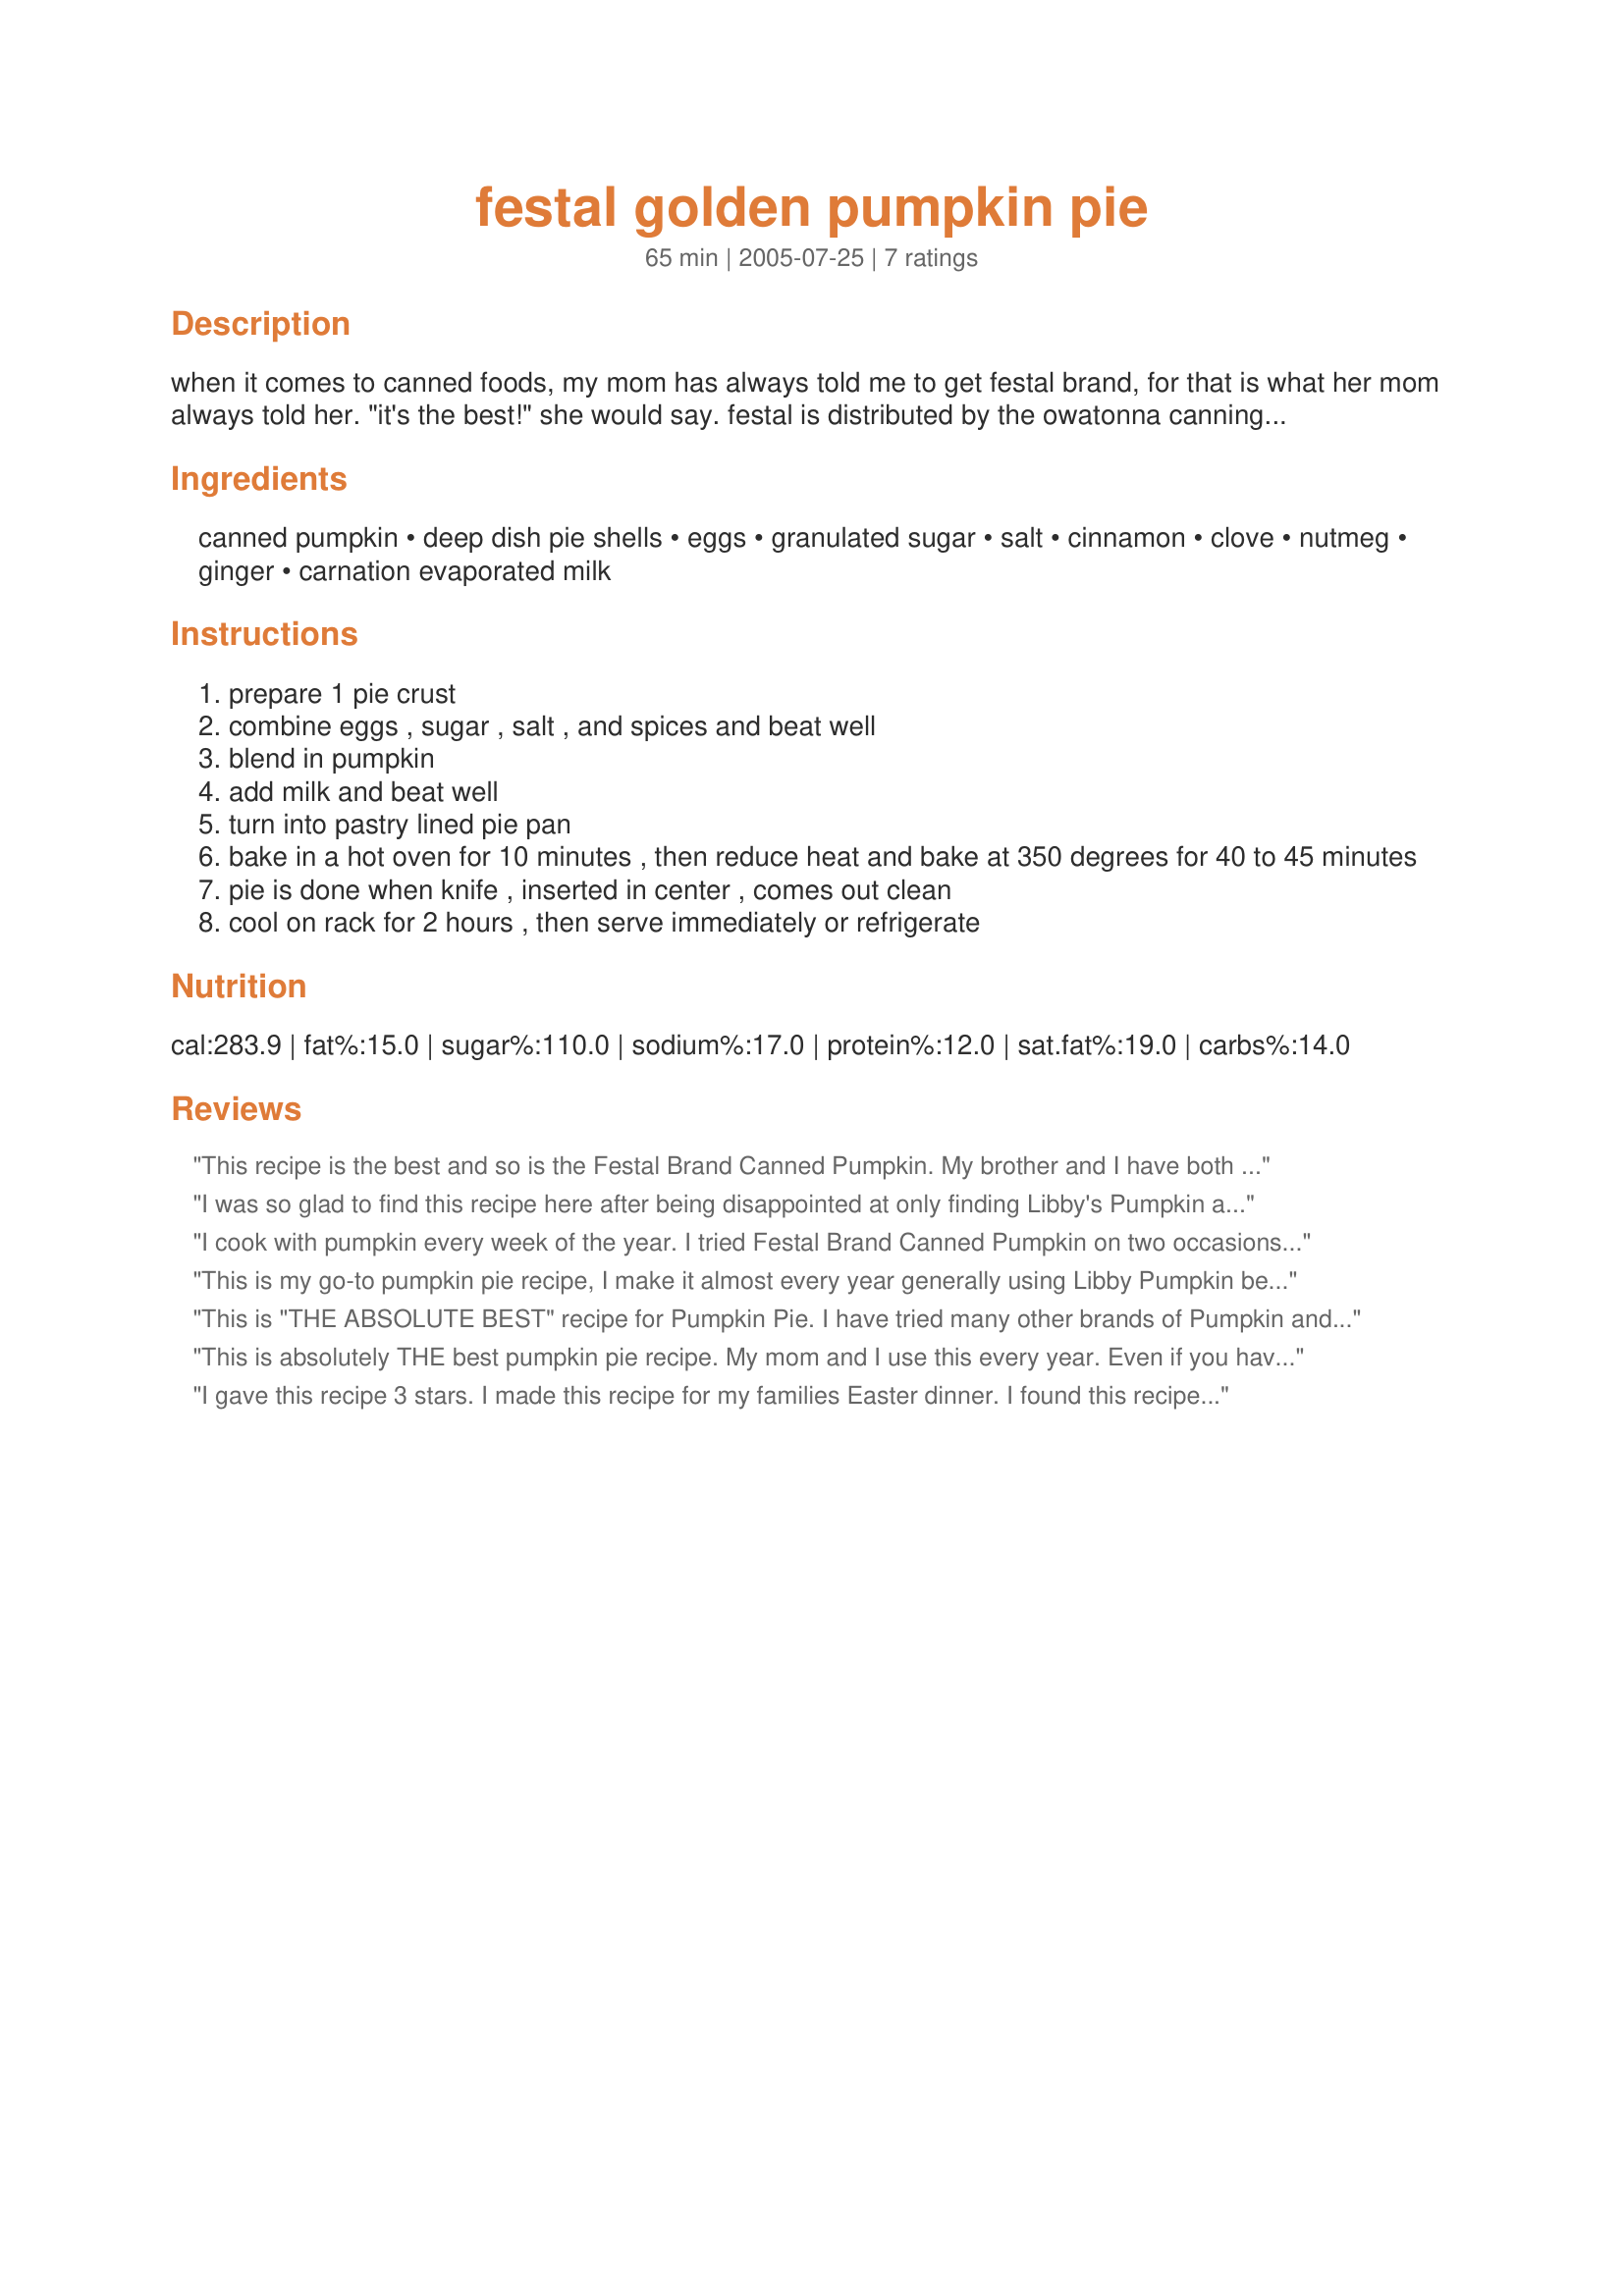
festal golden pumpkin pie
Preparation time: 65 minutes

when it comes to canned foods, my mom has always told me to get festal brand, for that is what her mom always told her. "it's the best!" she would say. festal is distributed by the owatonna canning company, of owatonna, minnesota, so it is actually pretty close to home. this is the recipe on festal's golden pie pumpkin. it's delicious! i like it best served cold. when i make it, there seems to be a lot extra after filling the one 9-inch pie crust, so i just divide the filling between two crusts. it makes 2 smaller pies, but that way none goes to waste!

Ingredients:
canned pumpkin, deep dish pie shells, eggs, granulated sugar, salt, cinnamon, clove, nutmeg, ginger, carnation evaporated milk

Steps:
prepare 1 pie crust
combine eggs , sugar , salt , and spices and beat well
blend in pumpkin
add milk and beat well
turn into pastry lined pie pan
bake in a hot oven for 10 minutes , then reduce heat and bake at 350 degrees for 40 to 45 minutes
pie is done when knife , inserted in center , comes out clean
cool on rack for 2 hours , then serve immediately or refrigerate

Reviews:
This recipe is the best and so is the Festal Brand Canned Pumpkin. My brother and I have both moved to areas where we cannot get the festal brand. So when we come back for visits we both stock up on cans of the Festal pumpkin. I have used other brands but nothing compares. Thanks for posting the recipe cause in the move I lost my copy. Now I have it again. yeaaa.
I was so glad to find this recipe here after being disappointed at only finding Libby's Pumpkin at Walmart yesterday. I figure, fine, I'll use a different brand, but I'm not making any recipe other than Festal - and in the future I'll hold out and buy the Festal instead because it really is the best. Thanks for posting this recipe! Gonna make 2 today.
I cook with pumpkin every week of the year. I tried Festal Brand Canned Pumpkin on two occasions and was not impressed. The consistency of the pumpkin altered the texture of both Pumpkin Bread and Pumpkin Pie. For lack of a better word, the Pumkin was slimy. I would NEVER recommend Festal Brand Canned Pumpkin.
This is my go-to pumpkin pie recipe, I make it almost every year generally using Libby Pumpkin because it is more available. This is a richer, lighter and sweeter pie than you get in most places. I usually cut back the sugar to 3/4 cup and I do one other thing, I always use evaporated milk and I use the entire 12 oz can of it. I make this in a 9 inch deep dish pie dish so using a shallow pie dish would not be large enough for the mixture. One other caveat, since this pie has 3 eggs for richness, how you blend the batter matters. Use a whisk hard and and you can incorporate a lot of air into the batter, this will make the pie very light indeed. So mix using the method that gives you your preferred texture. I cook it nearly an hour until the center of the pie starts to rise up, that is when it will be cooked thru. It is like a one dish meal.
This is "THE ABSOLUTE BEST" recipe for Pumpkin Pie. I have tried many other brands of Pumpkin and different recipes, but nothing compares to this Recipe with the Festal Pumpkin. I also like to support a local company and feel strongly that that support is needed these days with the way of the economy.
This is absolutely THE best pumpkin pie recipe. My mom and I use this every year. Even if you have to use a different brand of pumpkin, use this recipe! Thanks for posting it Bec :-)
I gave this recipe 3 stars. I made this recipe for my families Easter dinner. I found this recipe on a can of Tender Sweet pumpkin filling. Mystep-dad wasn't crazy over the taste. My hubby and I liked the taste but not the texture. The texture was like custard and I'm not a fan of custard. I was looking for a recipe that called for milk as I had some that needed to be used up. I did the milk method which I don't useually use, as I useually use evaportated milk method. I think I will stick to the evaporated milk method. Overall I'd try this recipe again but with evaporated milk. Thanks for posting a good recipe! Christine
